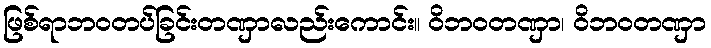
ဖြစ်ရာဘဝတပ်ခြင်းတဏှာလည်းကောင်း။ ဝိဘဝတဏှာ၊ ဝိဘဝတဏှာ